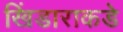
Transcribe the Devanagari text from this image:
खिंडाराकडे